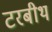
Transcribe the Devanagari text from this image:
टरबीथ